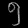
Digit: ၅